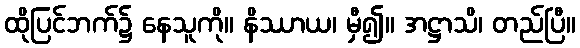
ထိုပြင်ဘက်၌ နေသူကို။ နိဿာယ၊ မှီ၍။ အဋ္ဌာသိ၊ တည်ပြီ။